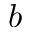
b